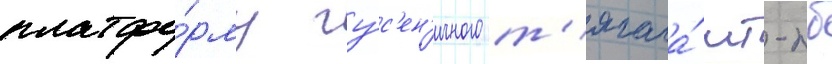
платфо́рму гу́с'ен'ичного т'ягача́ мт-лб